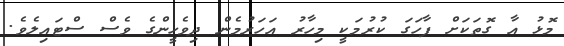
މޮޅު އާ ގޮތަކަށް ފާހަގަ ކުރުމަކީ މިހާރު އަހަރުމެން ދިވެހީންގެ ވެސް ސްޓައިލެވެ.